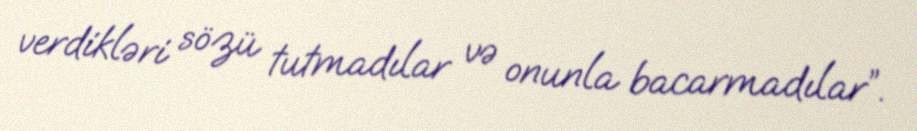
verdikləri sözü tutmadılar və onunla bacarmadılar”.